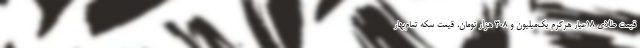
قیمت طلای ۱۸عیار هرگرم یک‌میلیون و ۳۰۸ هزار تومان، قیمت سکه تمام‌بهار